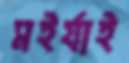
মইর্যাই